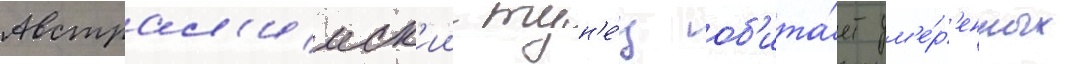
Австрал'ииск'ии тун'е́ц об'ита́ет ум'е́р'енных